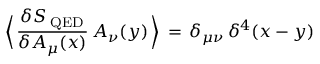
\Big \langle \, \frac { \delta S _ { \mathrm { \tiny ~ Q E D } } } { \delta A _ { \mu } ( x ) } \, A _ { \nu } ( y ) \, \Big \rangle \, = \, \delta _ { \mu \nu } \, \delta ^ { 4 } ( x - y )